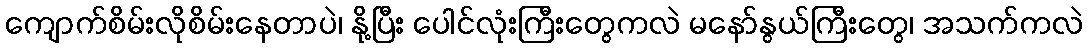
ကျောက်စိမ်းလိုစိမ်းနေတာပဲ၊ နို့ပြီး ပေါင်လုံးကြီးတွေကလဲ မနော်နွယ်ကြီးတွေ၊ အသက်ကလဲ